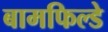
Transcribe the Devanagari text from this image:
बामफिल्डे